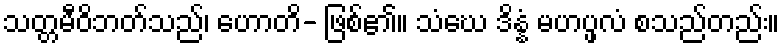
သတ္တမီဝိဘတ်သည်၊ ဟောတိ- ဖြစ်၏။ သံဃေ ဒိန္နံ မဟပ္ဖလံ စသည်တည်း။